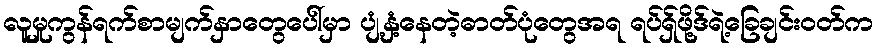
လူမှုကွန်ရက်စာမျက်နှာတွေပေါ်မှာ ပျံ့နှံ့နေတဲ့ဓာတ်ပုံတွေအရ ရပ်ရှ်ဖို့ဒ်ရဲ့ခြေချင်းဝတ်က